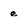
Character: e